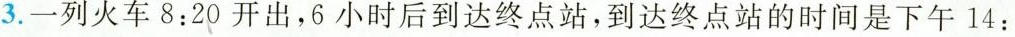
3. 一列火车8:20开出，6小时后到达终点站，到达终点站的时间是下午14：